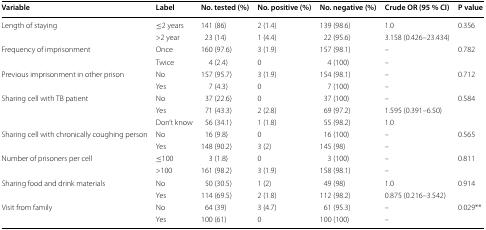
| Variable | Label | No. tested (%) | No. positive (%) | No. negative (%) | Crude OR (95 % CI) | P value |
 | --- | --- | --- | --- | --- | --- | --- |
 | <ROWSPAN=2> Length of staying | ≤2 years | 141 (86) | 2 (1.4) | 139 (98.6) | 1.0 | <ROWSPAN=2> 0.356 |
 | >2 year | 23 (14) | 1 (4.4) | 22 (95.6) | 3.158 (0.426–23.434) |
 | <ROWSPAN=2> Frequency of imprisonment | Once | 160 (97.6) | 3 (1.9) | 157 (98.1) | – | <ROWSPAN=2> 0.782 |
 | Twice | 4 (2.4) | 0 | 4 (100) | – |
 | <ROWSPAN=2> Previous imprisonment in other prison | No | 157 (95.7) | 3 (1.9) | 154 (98.1) | – | <ROWSPAN=2> 0.712 |
 | Yes | 7 (4.3) | 0 | 7 (100) | – |
 | <ROWSPAN=3> Sharing cell with TB patient | No | 37 (22.6) | 0 | 37 (100) | – | <ROWSPAN=3> 0.584 |
 | Yes | 71 (43.3) | 2 (2.8) | 69 (97.2) | 1.595 (0.391–6.50) |
 | Don’t know | 56 (34.1) | 1 (1.8) | 55 (98.2) | 1.0 |
 | <ROWSPAN=2> Sharing cell with chronically coughing person | No | 16 (9.8) | 0 | 16 (100) | – | <ROWSPAN=2> 0.565 |
 | Yes | 148 (90.2) | 3 (2) | 145 (98) | – |
 | <ROWSPAN=2> Number of prisoners per cell | ≤100 | 3 (1.8) | 0 | 3 (100) | – | <ROWSPAN=2> 0.811 |
 | >100 | 161 (98.2) | 3 (1.9) | 158 (98.1) | – |
 | <ROWSPAN=2> Sharing food and drink materials | No | 50 (30.5) | 1 (2) | 49 (98) | 1.0 | <ROWSPAN=2> 0.914 |
 | Yes | 114 (69.5) | 2 (1.8) | 112 (98.2) | 0.875 (0.216–3.542) |
 | <ROWSPAN=2> Visit from family | No | 64 (39) | 3 (4.7) | 61 (95.3) | – | <ROWSPAN=2> 0.029** |
 | Yes | 100 (61) | 0 | 100 (100) | – |